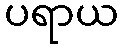
ပရာယ